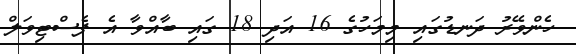
ހެންވޭރު ދަނޑުގައި މިމަހުގެ 16 އަދި 18 ގައި ބާއްވާ އެ ފެސްޓިވަލް